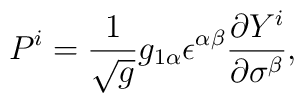
P^i = \frac{1}{\sqrt{g}} g_{1\alpha} \epsilon^{\alpha\beta}   \frac{\partial Y^i}{\partial \sigma^\beta},